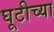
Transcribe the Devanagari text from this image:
घूटीच्या